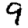
Digit: 9